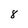
Character: 8